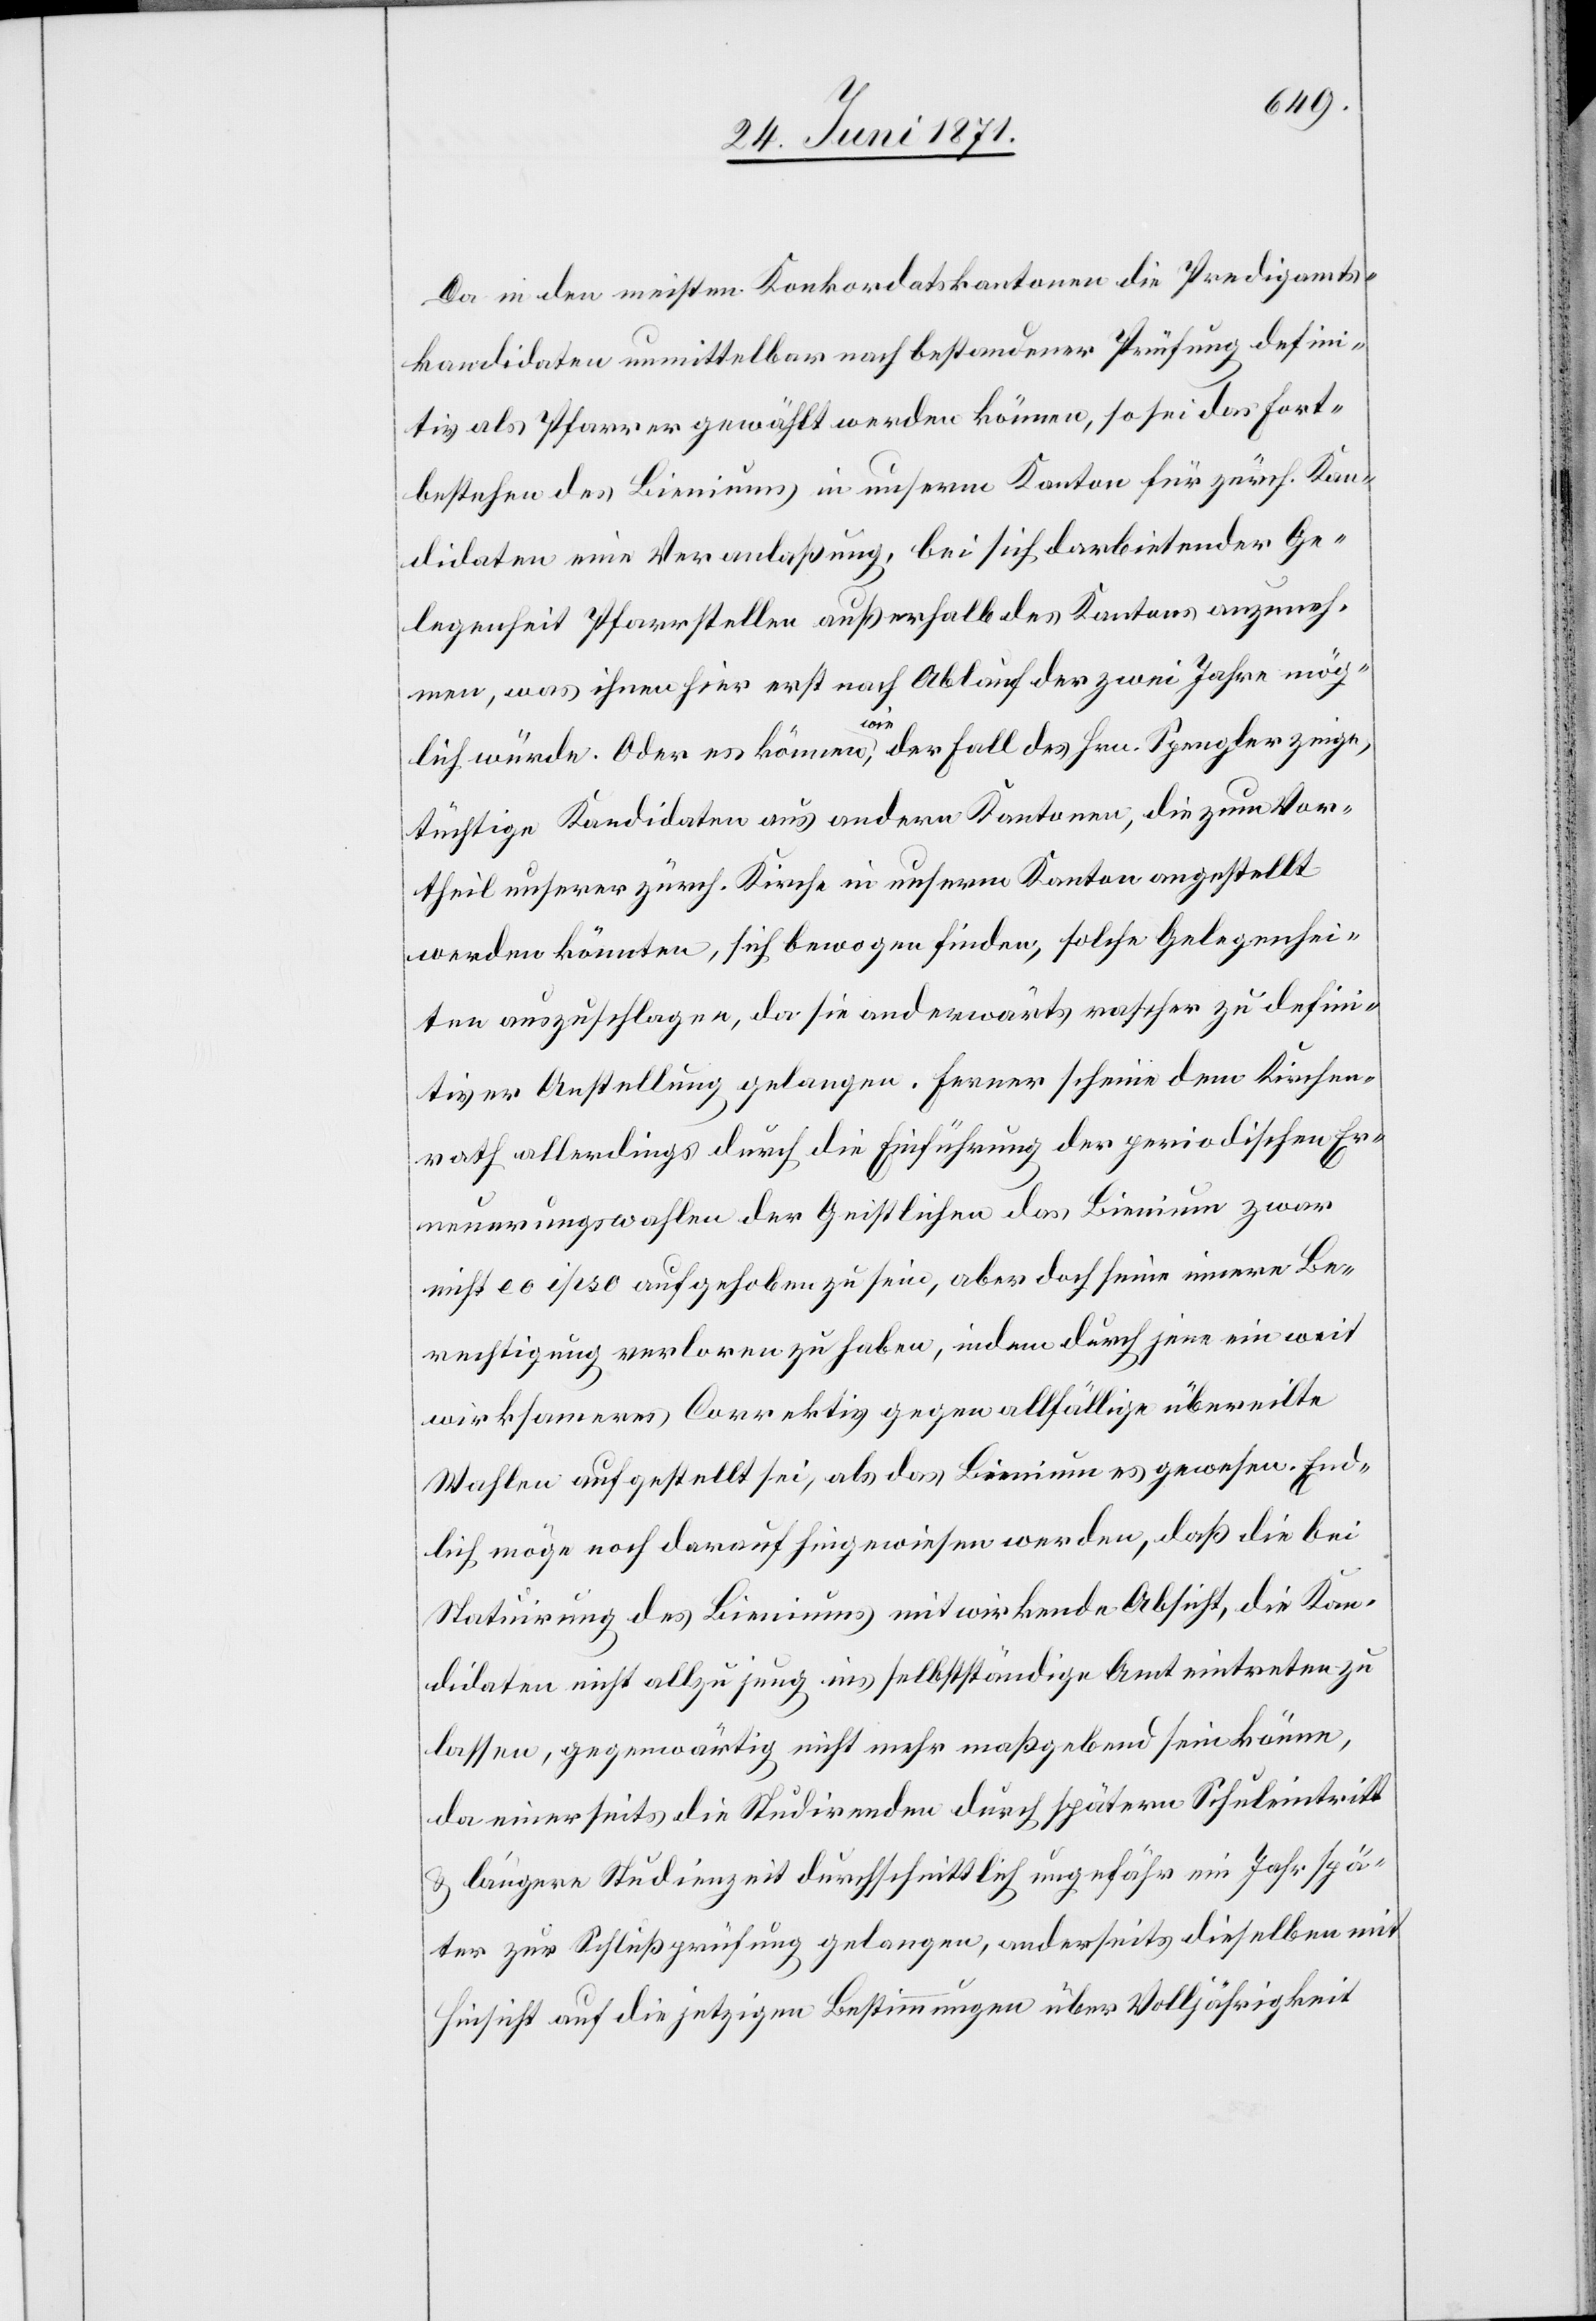
Da in den meisten Konkordatskantonen die Predigamts¬
kandidaten unmittelbar nach bestandener Prüfung defini¬
tiv als Pfarrer gewählt werden können, so sei das Fort¬
bestehen des Bieniums in unserm Kanton für zürch. Kan¬
didaten eine Veranlaßung, bei sich darbietender Ge¬
legenheit Pfarrstellen außerhalb des Kantons anzuneh¬
men, was ihnen hier erst nach Ablauf der zwei Jahre mög¬
lich würde. Oder es können, wie der Fall des Hrn. Spengler zeige,
tüchtige Kandidaten aus anderen Kantonen, die zum Vor¬
theil unserer zürch. Kirche in unserm Kanton angestellt
werden könnten, sich bewogen finden, solche Gelegenhei¬
ten auszuschlagen, da sie anderwärts rascher zu defini¬
tiver Anstellung gelangen. Ferner scheine dem Kirchen¬
rath allerdings durch die Einführung der periodischen Er¬
neuerungswahlen der Geistlichen das Bienium zwar
nicht eo ipso aufgehoben zu sein, aber doch seine innere Be¬
rechtigung verloren zu haben, indem durch jene ein weit
wirksameres Correktiv gegen allfällige übereilte
Wahlen aufgestellt sei, als das Bienium es gewesen. End¬
lich möge noch darauf hingewiesen werden, daß die bei
Statuirung des Bieniums mitwirkende Absicht, die Kan¬
didaten nicht allzu jung ins selbstständige Amt eintreten zu
lassen, gegenwärtig nicht mehr maßgebend sein könne,
da einerseits die Studirenden durch spätern Schuleintritt
u. längere Studienzeit durchschnittlich ungefähr ein Jahr spä¬
ter zur Schlußprüfung gelangen, anderseits dieselben mit
Hinsicht auf die jetzigen Bestimmungen über Volljährigkeit